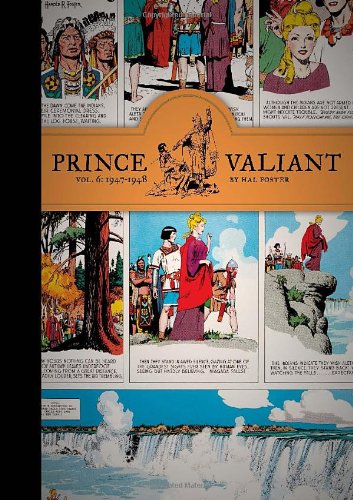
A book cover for Prince Valiant, Vol. 6: 1947-1948; Hal Foster; Comics & Graphic Novels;